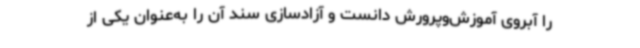
را آبروی آموزش‌وپرورش دانست و آزادسازی سند آن را به‌عنوان یکی از